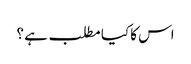
اس کا کیا مطلب ہے ؟